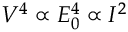
V ^ { 4 } \propto { \cal E } _ { 0 } ^ { 4 } \propto I ^ { 2 }